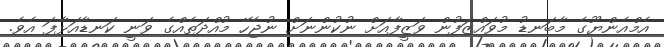
އެމްއެންޔޫގެ މާބަނޑު މުވައްޒަފުން ވަޒީފާއަށް ނުކުންނަށް ނުޖެހޭ މުއްދަތެއްގެ ވަނީ ކަނޑާއަޅާފަ އެވެ.